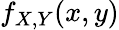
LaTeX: f_{X,Y}(x,y)